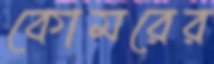
কোমরের